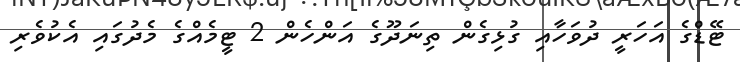
ޓޭޑްގެ އަހަރީ ދުވަހާއި ގުޅިގެން ތިނަދޫގެ އަންހެން 2 ޓީމެއްގެ މެދުގައި އެކުވެރި